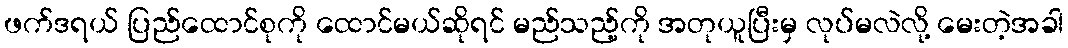
ဖက်ဒရယ် ပြည်ထောင်စုကို ထောင်မယ်ဆိုရင် မည်သည့်ကို အတုယူပြီးမှ လုပ်မလဲလို့ မေးတဲ့အခါ